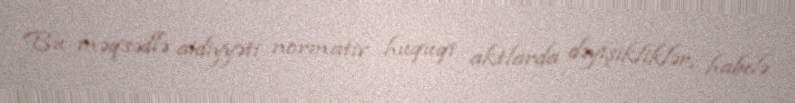
Bu məqsədlə aidiyyəti normativ hüquqi aktlarda dəyişikliklər, habelə